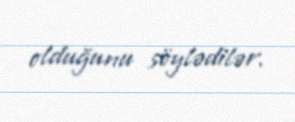
olduğunu söylədilər.